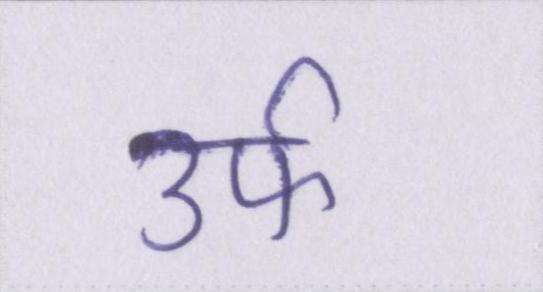
उर्फ